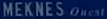
MEKNESQuest